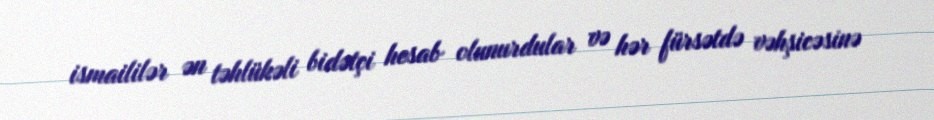
ismaililər ən təhlükəli bidətçi hesab olunurdular və hər fürsətdə vəhşicəsinə